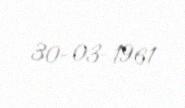
30-03-1961